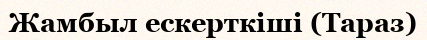
Жамбыл ескерткіші (Тараз)